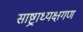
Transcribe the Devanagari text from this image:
साष्ट्राध्यक्षगण